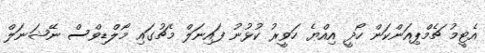
އެޓީމު ޗެމްޕިއަންކަން ހޯދީ އިއްޔެ ހަވީރު ކުޅުނު ފައިނަލް މެޗުގައި މޯލްޑިވްސް ނޭޝަނަލް